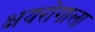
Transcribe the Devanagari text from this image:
क्षयरोगाला